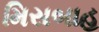
મિસબાહ